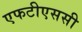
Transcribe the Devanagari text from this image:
एफटीएससी